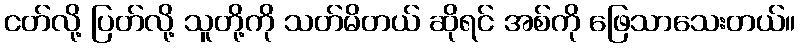
ငတ်လို့ ပြတ်လို့ သူတို့ကို သတ်မိတယ် ဆိုရင် အစ်ကို ဖြေသာသေးတယ်။